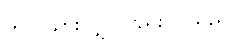
ကပွဲ သွားလျှင်လည်း ပါသည်။